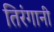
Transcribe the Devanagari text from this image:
तिरंगानी